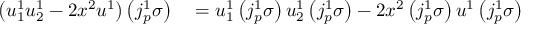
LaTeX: \begin{array} { r l } { \left( u _ { 1 } ^ { 1 } u _ { 2 } ^ { 1 } - 2 x ^ { 2 } u ^ { 1 } \right) \left( j _ { p } ^ { 1 } \sigma \right) } & { { } = u _ { 1 } ^ { 1 } \left( j _ { p } ^ { 1 } \sigma \right) u _ { 2 } ^ { 1 } \left( j _ { p } ^ { 1 } \sigma \right) - 2 x ^ { 2 } \left( j _ { p } ^ { 1 } \sigma \right) u ^ { 1 } \left( j _ { p } ^ { 1 } \sigma \right) } \end{array}